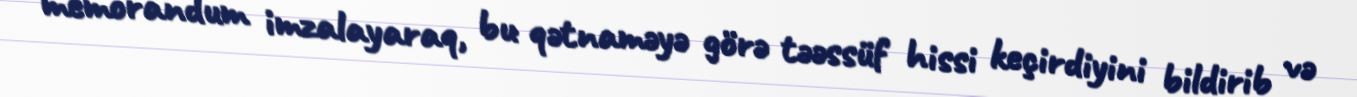
memorandum imzalayaraq, bu qətnaməyə görə təəssüf hissi keçirdiyini bildirib və